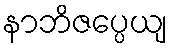
နာဘိဇပ္ပေယျ